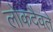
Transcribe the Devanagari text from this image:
लोकदैवते